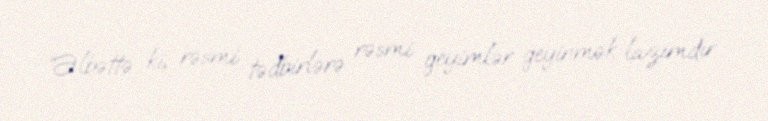
“Əlbəttə ki, rəsmi tədbirlərə rəsmi geyimlər geyinmək lazımdır.